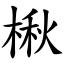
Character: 楸